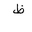
Letter: _za